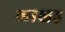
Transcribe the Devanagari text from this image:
लाखड़